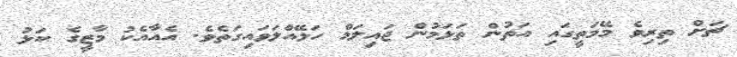
ޗަށް ތިރިވެ މޭމަތީގައި އަތުން ތަޅަމުން ޖައިލަމް ހަޅޭއްލަވައިގަތެވެ. އެއާއެކު މާޒީގެ ކަޅު